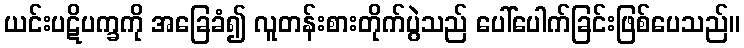
ယင်းပဋိပက္ခကို အခြေခံ၍ လူတန်းစားတိုက်ပွဲသည် ပေါ်ပေါက်ခြင်းဖြစ်ပေသည်။